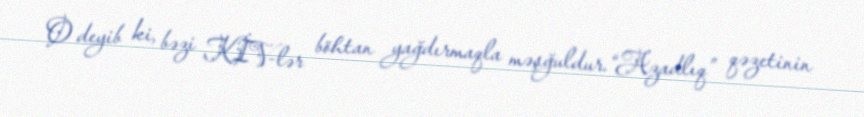
O deyib ki, bəzi KİV-lər böhtan yağdırmaqla məşğuldur.“Azadlıq” qəzetinin